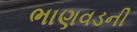
ભાણવડની